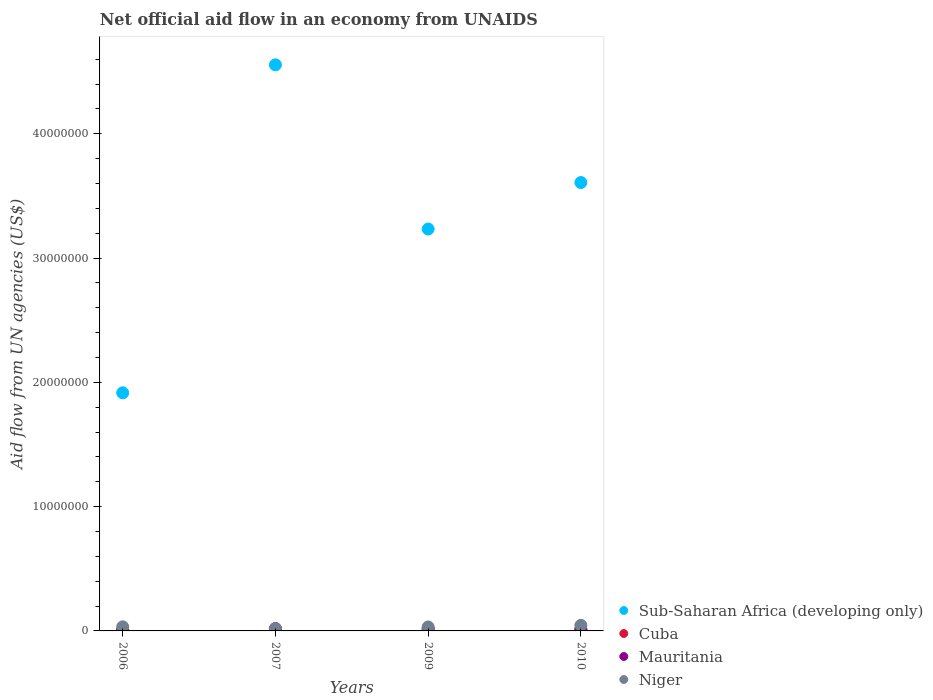
| Years | Sub-Saharan Africa (developing only) | Cuba | Mauritania | Niger |
 | --- | --- | --- | --- | --- |
 | 2006 | 1.92e+07 | 1.1e+05 | 6e+04 | 3.3e+05 |
 | 2007 | 4.56e+07 | 1.6e+05 | 1.9e+05 | 1.9e+05 |
 | 2009 | 3.23e+07 | 1e+05 | 2.1e+05 | 3.2e+05 |
 | 2010 | 3.61e+07 | 1e+05 | 1.3e+05 | 4.5e+05 |